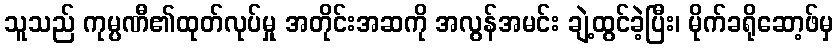
သူသည် ကုမ္ပဏီ၏ထုတ်လုပ်မှု အတိုင်းအဆကို အလွန်အမင်း ချဲ့ထွင်ခဲ့ပြီး၊ မိုက်ခရိုဆော့ဖ်မှ